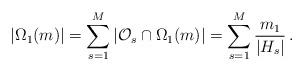
\begin{align*} \left|\Omega_{1}(m)\right| =\sum_{s=1}^{M}\left|\mathcal{O}_{s}\cap\Omega_{1}(m)\right| =\sum_{s=1}^{M}\frac{m_{1}}{|H_{s}|}\,. \end{align*}